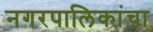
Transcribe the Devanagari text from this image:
नगरपालिकांचा